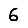
Digit: 6